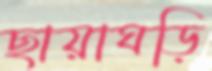
ছায়াঘড়ি